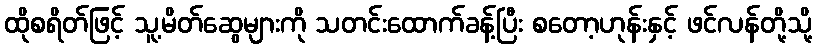
ထိုစရိတ်ဖြင့် သူ့မိတ်ဆွေများကို သတင်းထောက်ခန့်ပြီး စတော့ဟုန်းနှင့် ဖင်လန်တို့သို့